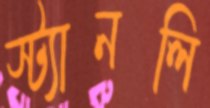
স্ট্যানলি